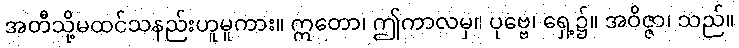
အတီသို့မထင်သနည်းဟူမူကား။ ဣတော၊ ဤကာလမှ။ ပုဗ္ဗေ၊ ရှေ့၌။ အဝိဇ္ဇာ၊ သည်။